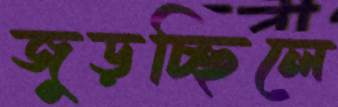
জুড়চ্ছিলে